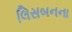
લિસબનના